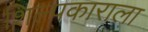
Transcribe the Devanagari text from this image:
शिल्पकाराला